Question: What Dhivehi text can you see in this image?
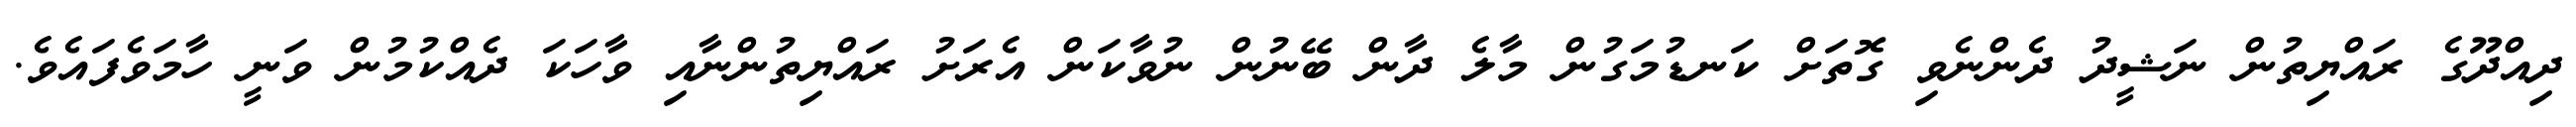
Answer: ދިއްދޫގެ ރައްޔިތުން ނަޝީދު ދެންނެވި ގޮތަށް ކަނޑުމަގުން މާލެ ދާން ބޭނުން ނުވާކަން އެރަށު ރައްޔިތުންނާއި ވާހަކަ ދެއްކުމުން ވަނީ ހާމަވެފައެވެ.